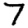
Digit: 7